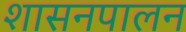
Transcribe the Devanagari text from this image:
शासनपालन